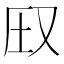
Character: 𪠦